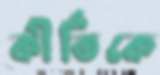
কীর্তিকে